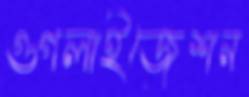
গুগলাইজেশন